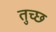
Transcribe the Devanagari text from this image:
तुच्‍छ